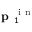
\textbf { p } _ { 1 } ^ { \mathrm { ~ i ~ n ~ } }